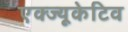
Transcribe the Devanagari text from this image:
एक्ज्यूकेटिव